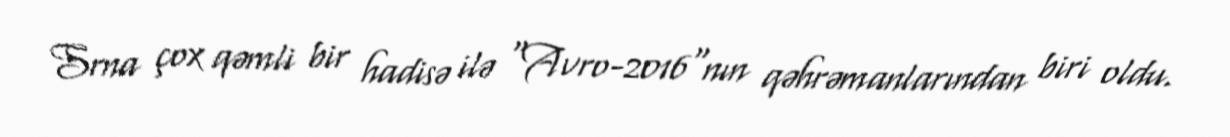
Srna çox qəmli bir hadisə ilə “Avro-2016"nın qəhrəmanlarından biri oldu.